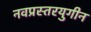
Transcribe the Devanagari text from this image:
नवप्रस्तरयुगीन